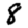
Digit: 8